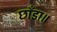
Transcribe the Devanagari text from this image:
छाँडा॥